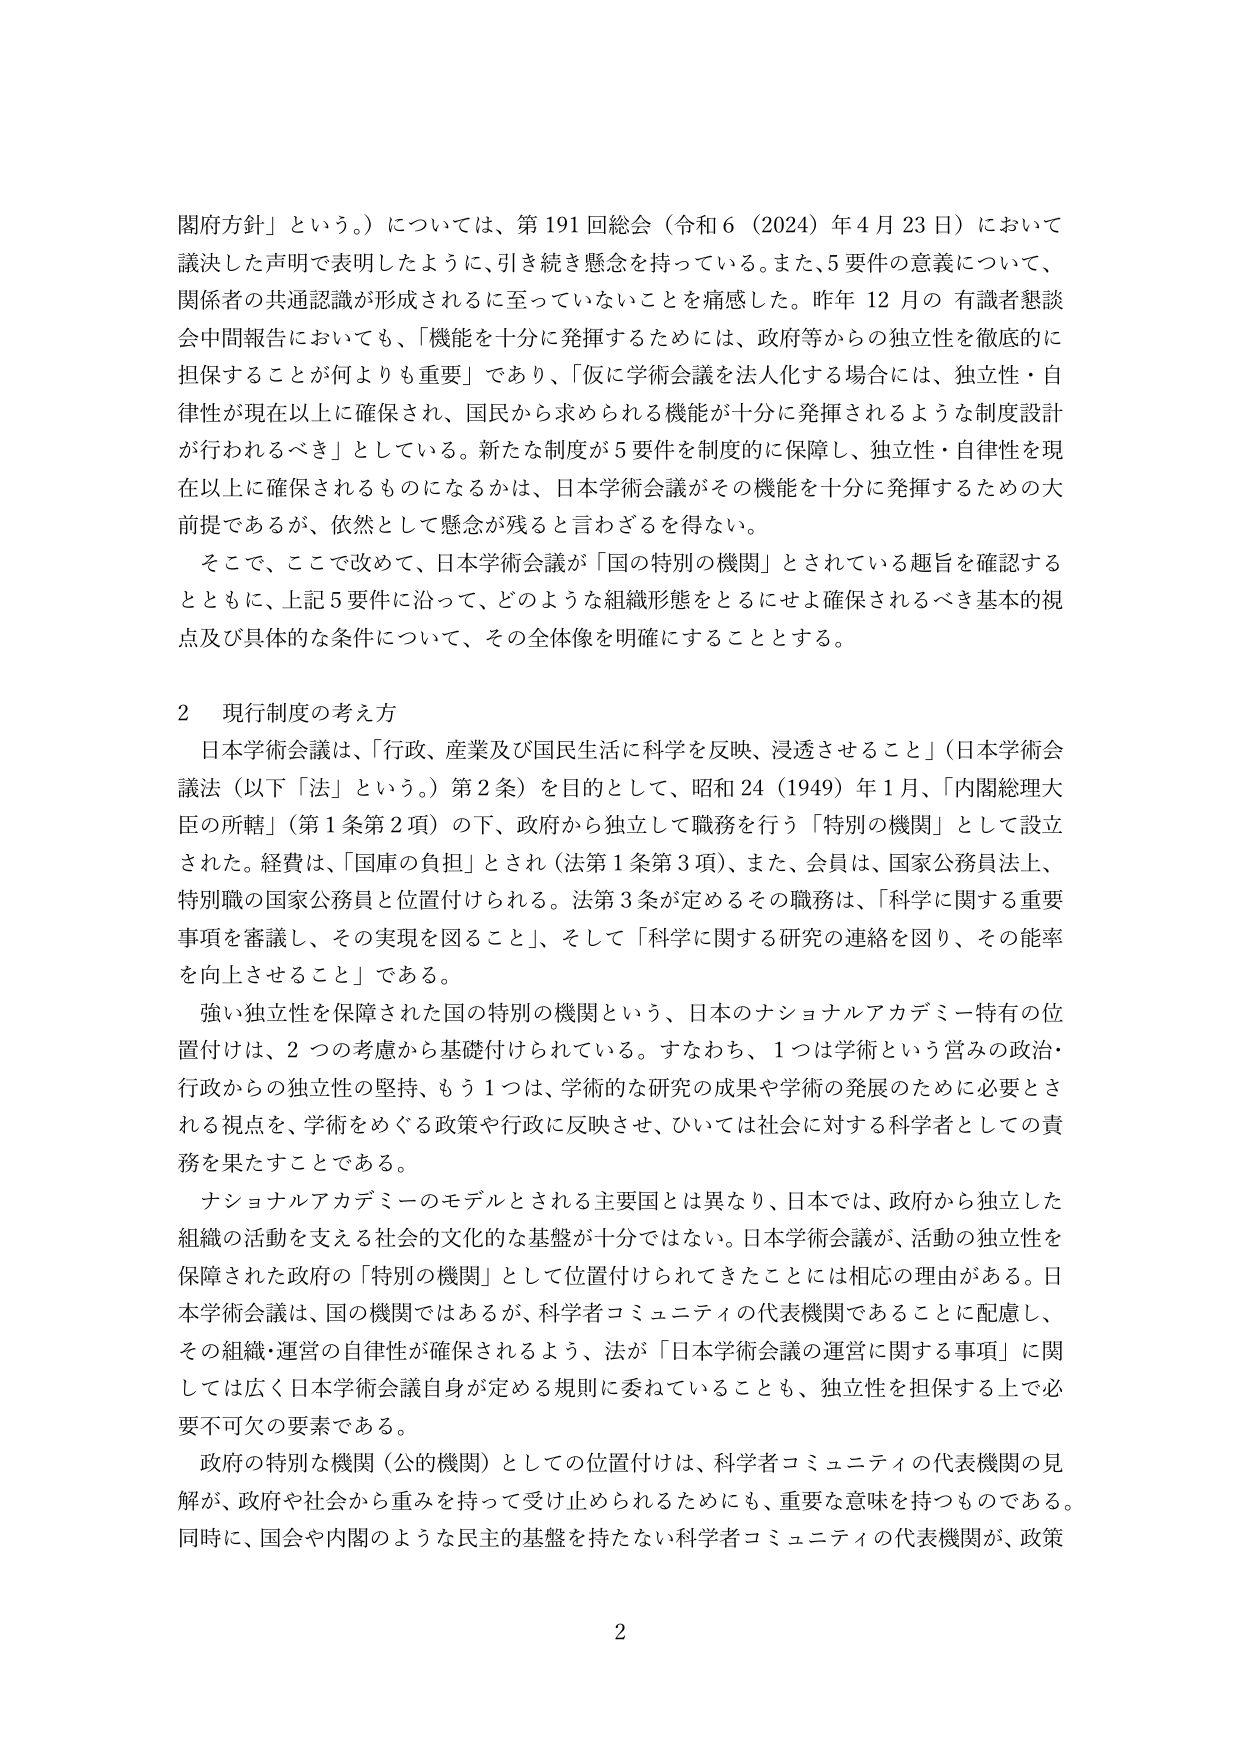
閣府方針」という。）については、第191回総会（令和6（2024）年4月23日）において議決した声明で表明したように、引き続き懸念を持っている。また、5要件の意義について、関係者の共通認識が形成されるに至っていないことを痛感した。昨年12月の有識者懇談会中間報告においても、「機能を十分に発揮するためには、政府等からの独立性を徹底的に担保することが何よりも重要」であり、「仮に学術会議を法人化する場合には、独立性・自律性が現在以上に確保され、国民から求められる機能が十分に発揮されるような制度設計が行われるべき」としている。新たな制度が5要件を制度的に保障し、独立性・自律性を現在以上に確保されるものになるかは、日本学術会議がその機能を十分に発揮するための大前提であるが、依然として懸念が残ると言わざるを得ない。

そこで、ここで改めて、日本学術会議が「国の特別の機関」とされている趣旨を確認するとともに、上記5要件に沿って、どのような組織形態をとるにせよ確保されるべき基本的視点及び具体的な条件について、その全体像を明確にすることとする。

2 現行制度の考え方

日本学術会議は、「行政、産業及び国民生活に科学を反映、浸透させること」（日本学術会議法（以下「法」という。）第2条）を目的として、昭和24（1949）年1月、「内閣総理大臣の所轄」（第1条第2項）の下、政府から独立して職務を行う「特別の機関」として設立された。経費は、「国庫の負担」とされ（法第1条第3項）、また、会員は、国家公務員法上、特別職の国家公務員と位置付けられる。法第3条が定めるその職務は、「科学に関する重要事項を審議し、その実現を図ること」、そして「科学に関する研究の連絡を図り、その能率を向上させること」である。

強い独立性を保障された国の特別の機関という、日本のナショナルアカデミー特有の位置付けは、2つの考慮から基礎付けられている。すなわち、1つは学術という営みの政治・行政からの独立性の堅持、もう1つは、学術的な研究の成果や学術の発展のために必要とされる視点を、学術をめぐる政策や行政に反映させ、ひいては社会に対する科学者としての責務を果たすことである。

ナショナルアカデミーのモデルとされる主要国とは異なり、日本では、政府から独立した組織の活動を支える社会的文化的な基盤が十分ではない。日本学術会議が、活動の独立性を保障された政府の「特別の機関」として位置付けられてきたことには相応の理由がある。日本学術会議は、国の機関ではあるが、科学者コミュニティの代表機関であることに配慮し、その組織・運営の自律性が確保されるよう、法が「日本学術会議の運営に関する事項」に関しては広く日本学術会議自身が定める規則に委ねていることも、独立性を担保する上で必要不可欠の要素である。

政府の特別な機関（公的機関）としての位置付けは、科学者コミュニティの代表機関の見解が、政府や社会から重みを持って受け止められるためにも、重要な意味を持つものである。同時に、国会や内閣のような民主的基盤を持たない科学者コミュニティの代表機関が、政策

2